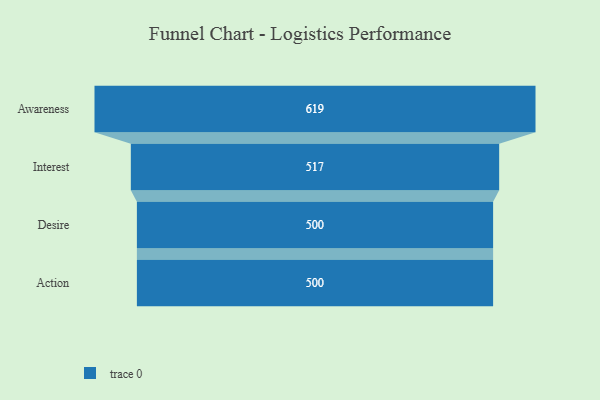
{"axis": {"x": "Stage", "y": "Value"}, "legend": [""], "data": [{"x": "Awareness", "y": 619.0, "type": ""}, {"x": "Interest", "y": 517.0, "type": ""}, {"x": "Desire", "y": 500, "type": ""}, {"x": "Action", "y": 500, "type": ""}]}